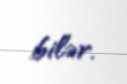
bilər.